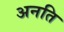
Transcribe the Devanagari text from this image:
अनति